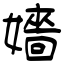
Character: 嬙